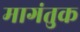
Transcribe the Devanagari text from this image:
मागंतुक